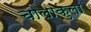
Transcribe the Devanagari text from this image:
चोलाकुला